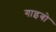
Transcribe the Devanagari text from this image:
गाइबो